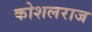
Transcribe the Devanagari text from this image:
कोशलराज